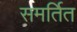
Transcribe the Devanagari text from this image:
समर्तित